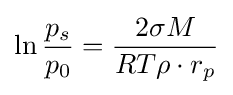
\ln {p_{s} \over p_{0}}={\frac {2\sigma M}{RT\rho \cdot r_{p}}}